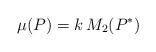
LaTeX: \begin{align*}\mu (P) = k \, M_2(P^*)\end{align*}